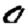
Digit: 0